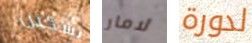
تشكين لامار لدورة